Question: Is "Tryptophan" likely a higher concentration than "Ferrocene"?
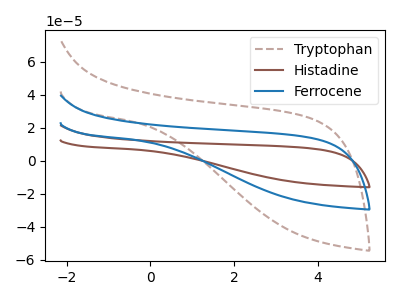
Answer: <think>The brown dashed curve "Tryptophan" has no peaks. The brown curve "Histadine" has no peaks. The blue curve "Ferrocene" has no peaks.
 Neither "Tryptophan" or "Ferrocene" have any peaks.</think>
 <answer>I cant tell if "Tryptophan" or "Ferrocene" has more signal.</answer>
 <eval>mixed_signal</eval>